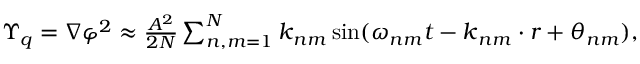
\begin{array} { r } { \boldsymbol { \Upsilon } _ { q } = \boldsymbol { \nabla } \varphi ^ { 2 } \approx \frac { A ^ { 2 } } { 2 N } \sum _ { n , m = 1 } ^ { N } \boldsymbol { k } _ { n m } \sin ( \omega _ { n m } t - \boldsymbol { k } _ { n m } \cdot \boldsymbol { r } + \theta _ { n m } ) , } \end{array}